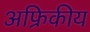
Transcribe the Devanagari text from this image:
अफ्रिकीय